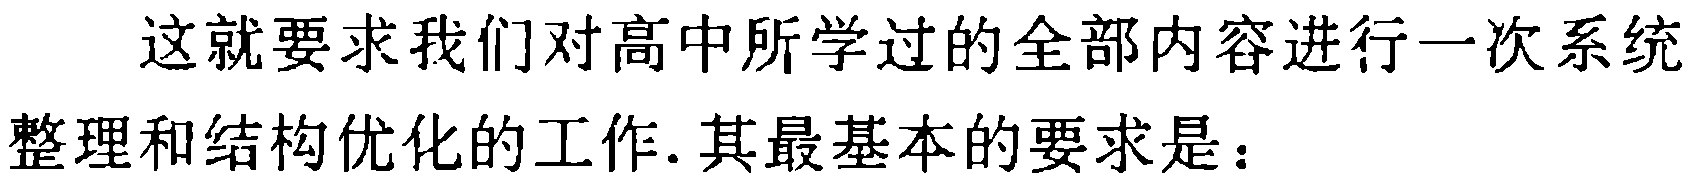
这就要求我们对高中所学过的全部内容进行一次系统整理和结构优化的工作. 其最基本的要求是：